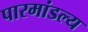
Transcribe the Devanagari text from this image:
पारमांडल्य